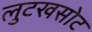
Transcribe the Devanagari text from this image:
लुटखसोट